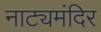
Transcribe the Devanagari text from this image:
नाट्यमंदिर